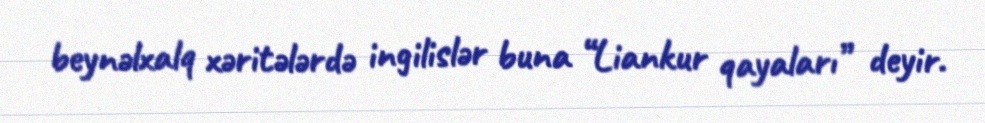
beynəlxalq xəritələrdə ingilislər buna “Liankur qayaları” deyir.